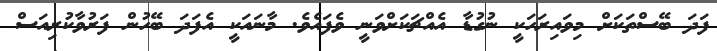
ފަދަ ބޭސްތަކަށް މިވައިރަހަކީ ނުގުޑާ އެއްޗަކަށްވަނީ ވެފައެވެ. މާނައަކީ އެފަދަ ބޭހުން ފަރުވާކުރިއަސް